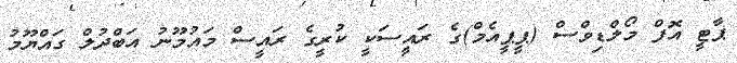
ޕާޓީ އޮފް މޯލްޑިވްސް (ޕީޕީއެމް)ގެ ރައީސަކީ ކުރީގެ ރައީސް މައުމޫނު އަބްދުލް ގައްޔޫމު